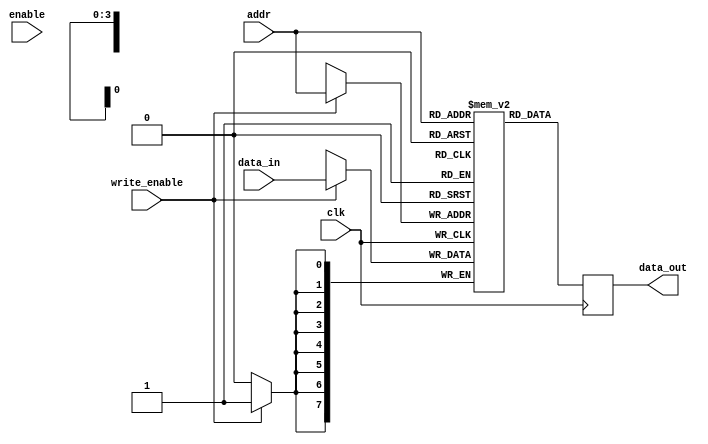
module memory_block (
    input wire clk,          // Main clock signal
    input wire enable,       // Enable signal for clock gating
    input wire [7:0] data_in, // Data input for memory
    input wire [3:0] addr,   // Address input for memory
    input wire write_enable,  // Write enable signal
    output reg [7:0] data_out // Data output from memory
);

    // Memory array (for example, 16 x 8-bit RAM)
    reg [7:0] mem [0:15];

    // Memory operation
    always @(posedge clk) begin
        if (write_enable) begin
            mem[addr] <= data_in; // Write data to memory
        end
        data_out <= mem[addr]; // Read data from memory
    end

endmodule